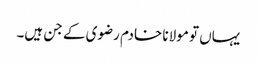
یہاں تو مولانا خادم رضوی کے جن ہیں۔